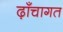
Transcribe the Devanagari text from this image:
ढ़ाँचागत